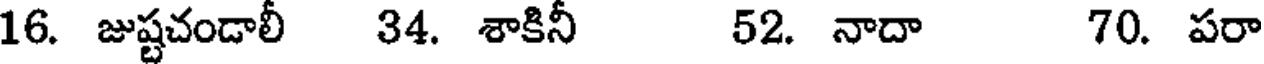
16. జుష్టచండాలీ 34. శాకినీ 52. నాదా 70. పరా